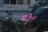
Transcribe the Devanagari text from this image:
सवैएँ